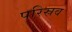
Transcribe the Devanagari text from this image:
परिस्रव